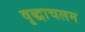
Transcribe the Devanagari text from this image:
वृद्धाचलम